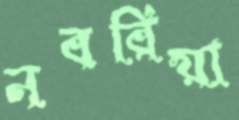
নবরিয়া